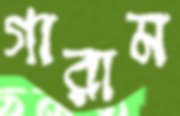
গারাম